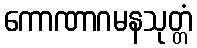
ကောဏာဂမနသုတ္တံ